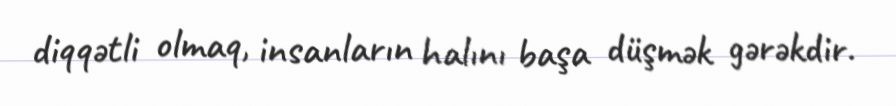
diqqətli olmaq, insanların halını başa düşmək gərəkdir.